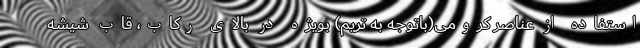
استفاده از عناصر کرومی(باتوجه به تریم) بویژه در بالای رکاب، قاب شیشه